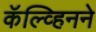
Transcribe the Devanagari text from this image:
कॅल्व्हिनने